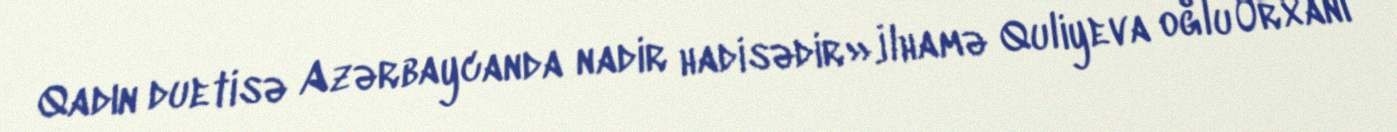
Qadın duetisə Azərbaycanda nadir hadisədir».İlhamə Quliyeva oğlu Orxanı